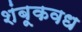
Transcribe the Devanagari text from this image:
शंबूकवध